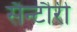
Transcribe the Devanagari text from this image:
सैन्टौरी